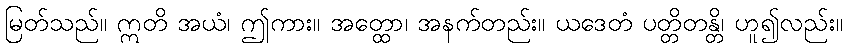
မြတ်သည်။ ဣတိ အယံ၊ ဤကား။ အတ္ထော၊ အနက်တည်း။ ယဒေတံ ပတ္တိတန္တိ၊ ဟူ၍လည်း။